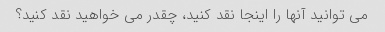
می توانید آنها را اینجا نقد کنید، چقدر می خواهید نقد کنید؟